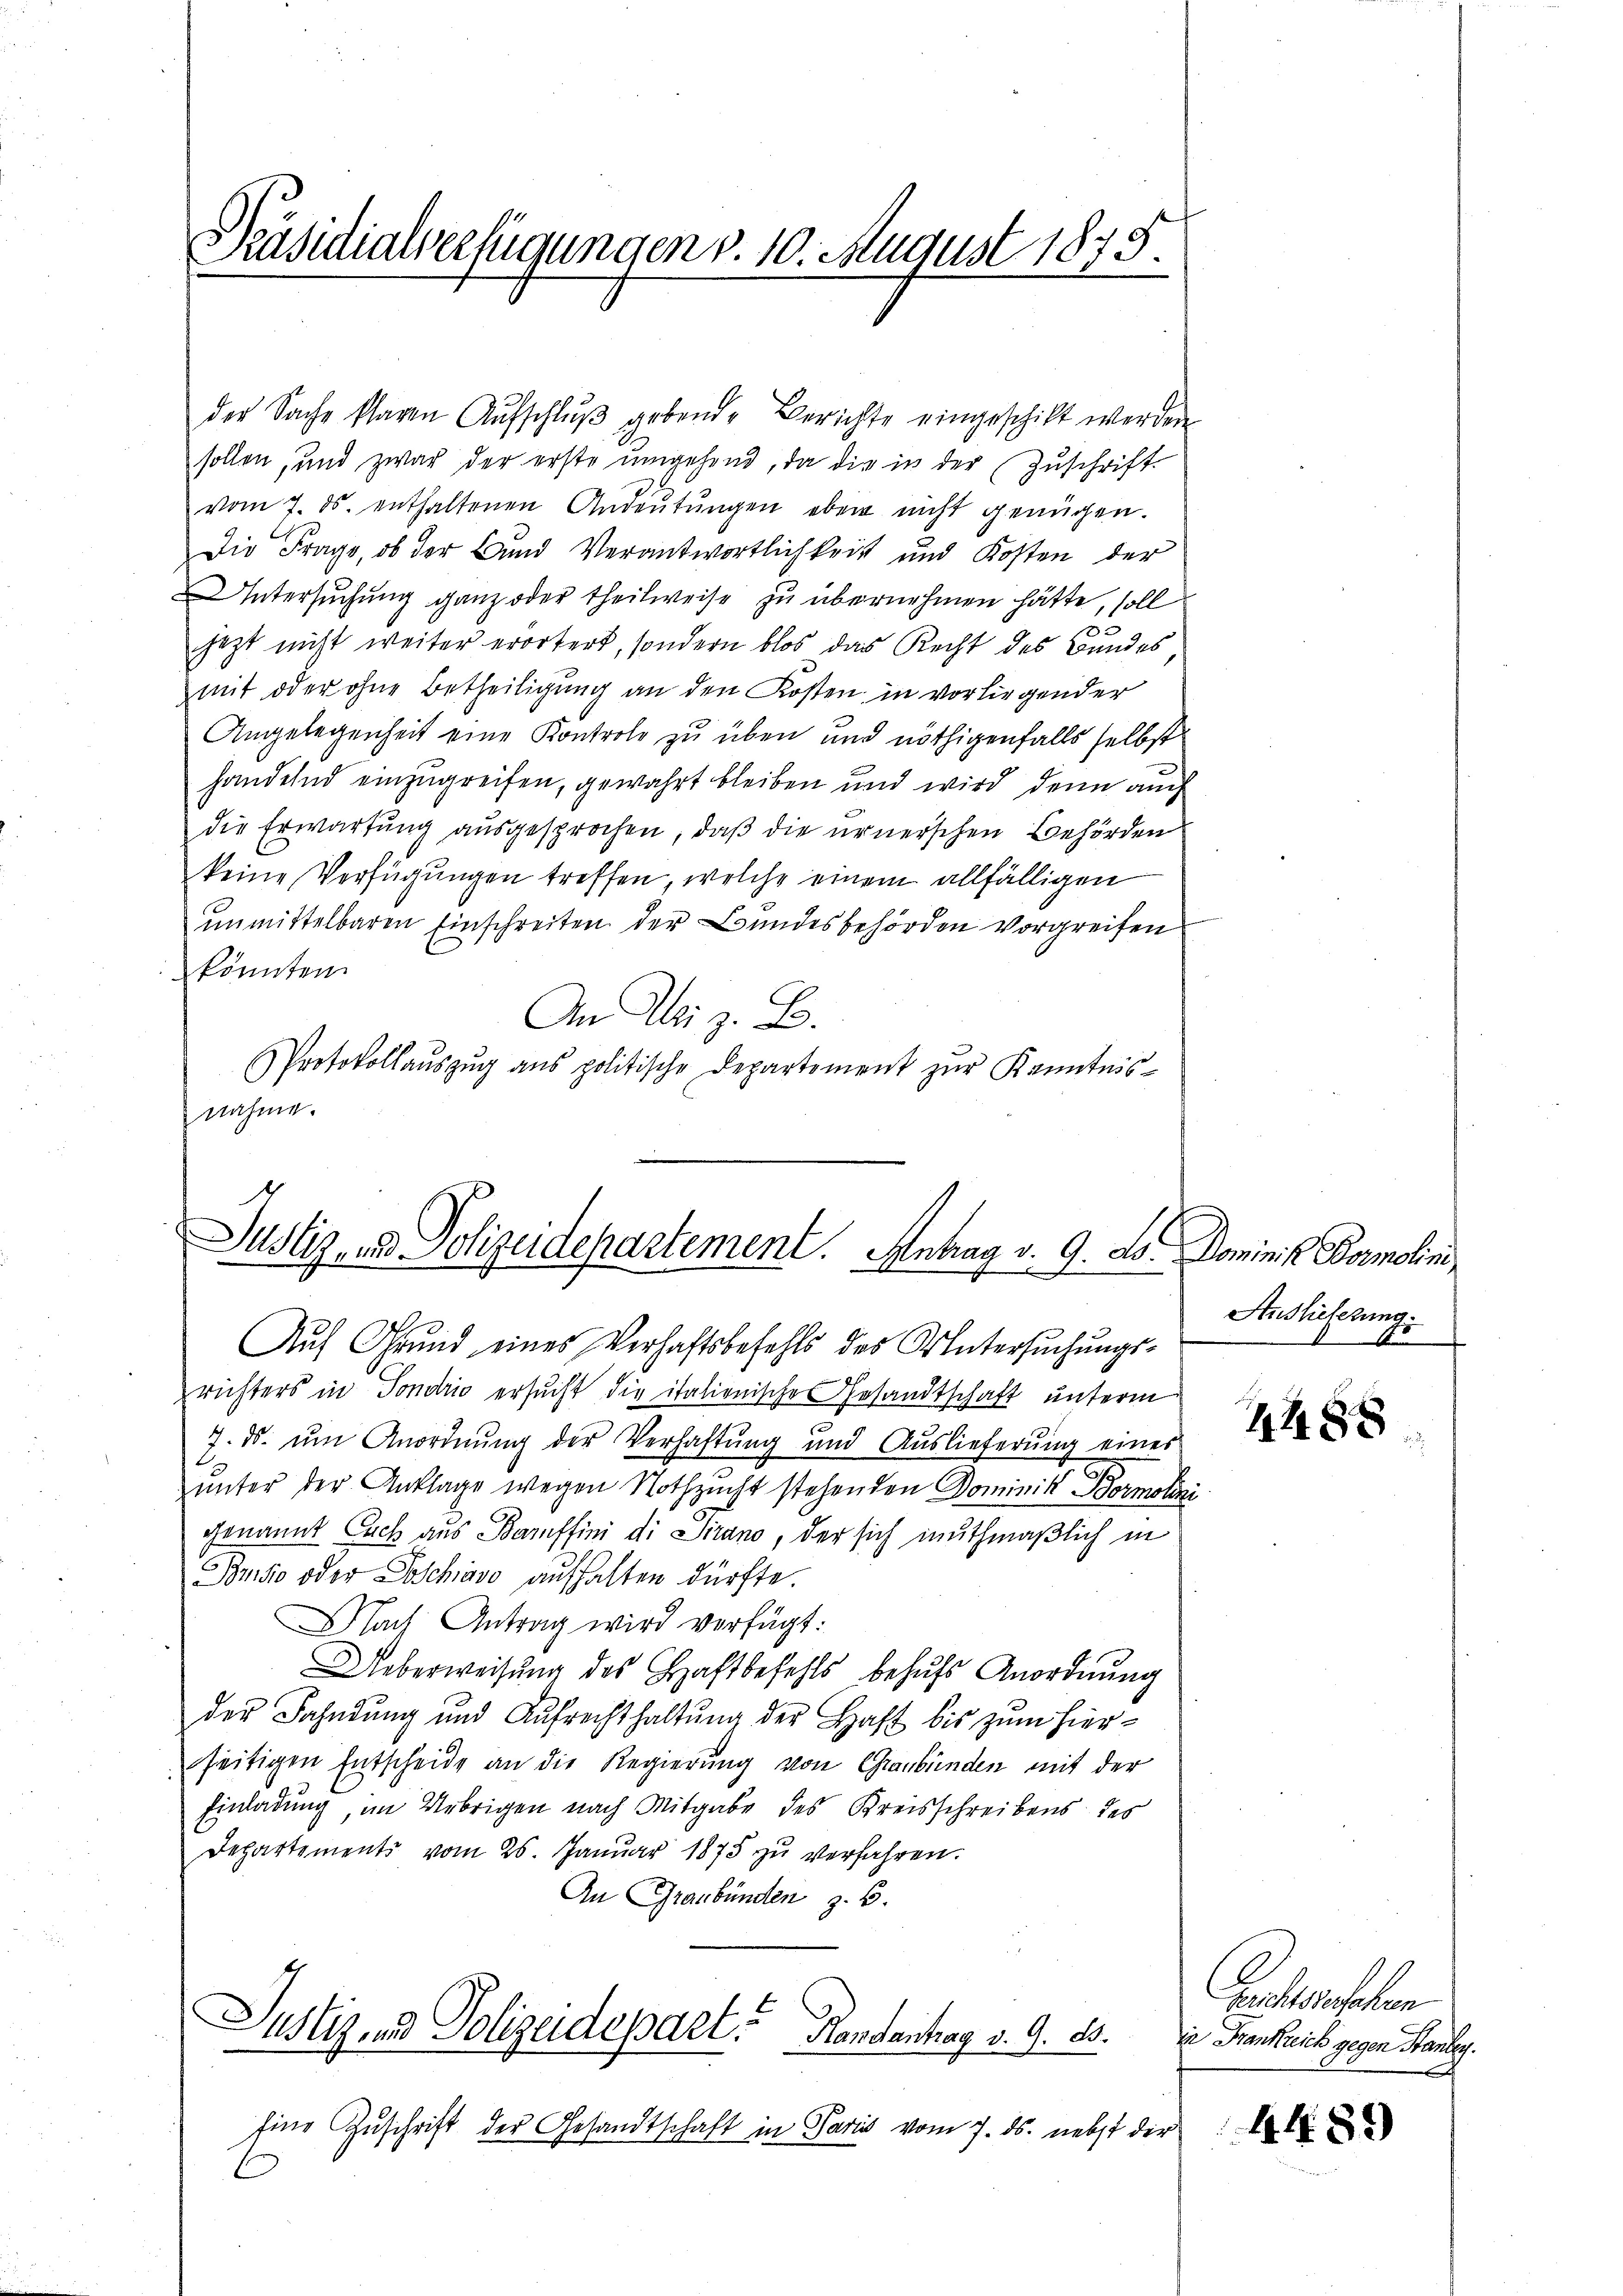
Präsidialverfügungen v. 10. August 1875.

sollen, und zwar der erste umgehend, da die in der Zŭschrift-
vom 7. ds. enthaltenen Andeutungen eben nicht genügen.
Die Frage, ob der Bund Verantwortlichkeit und Kosten der
Untersuchung ganz oder theilweise zu übernehmen hätte, soll
jezt nicht weiter erörtert, sondern blos das Recht des Bundes
mit oder ohne Betheiligung an den Kosten in vorliegender
Angelegenheit eine Kontrole zu üben und nöthigenfalls selbst
handelnd einzugreifen, gewahrt bleiben und wird denn auch
die Erwartung ausgesprochen, daß die ernerschen Behörden
keine Verfügungen treffen, welche einem allfälligen
unmittelbaren Einschreiten der Bundesbehörden vorgreifen
könnten.
An Weiz. B.
Protokollaŭszŭg ans politische Departement zŭr Kanntnis-
nahme.

der Sache klagen Aŭfschlŭβ gebende Berichte eingeschikt werden

Justiz und Polizeidepartement. Antrag v. 9. ds. Dominik Dormolim
.
Auf Grund eines Verhaftsbefehls des Untersŭchŭngs-

richters in Sondrio ersucht die italienische Gesandtschaft unterm
7. ds. um Anordnung der Verhaftung und Auslieferung eines
unter der Anklage wegen Nothzucht stehenden Dominik Bormolin
genannt Lach aus Baruffini di Sirano, der sich muthmaßlich in
Pensio oder Poschiavo aufhalten dürfte.
Nach Antrag wird verfügt:
Ueberweisŭng des Haftbefehls behŭfs Anordnŭng
der Fahndŭng und Aŭfrechthaltŭng der Haft bis zum hierseitigen Entscheide an die Regierung von Graubünden mit der
Einladung, im Uebrigen nach Mitgabe des Kreisschreibens des
Departements vom 25. Januar 1875 zŭ verfahren.
An Graubünden z. B.
Justiz und Polizeidepart. Handantrag v. 9. ds. Frankreis gegen anbey.
Eine Zuschrift der Gesandtschaft in Paris vom 7. ds. nebst der

Anslieferung.

4488

Bechtsschehen

44.89